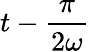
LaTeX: t-{\frac{\pi}{2\omega}}